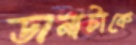
ডানাটাকে